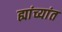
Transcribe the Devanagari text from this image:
ह्यांच्यांत